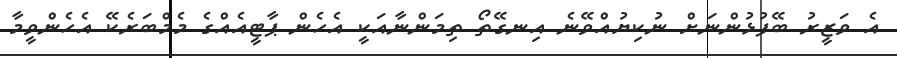
އެ ވަޒީރު ބޭފުޅުންނަށް ނުކިޔުއްވޭނެ އިނގޭތޯ ތިމަންނާއަކީ އެހެން ޕާޓީއެއްގެ މެމްބަރެކޭ އެހެންވީމާ